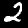
Digit: 2